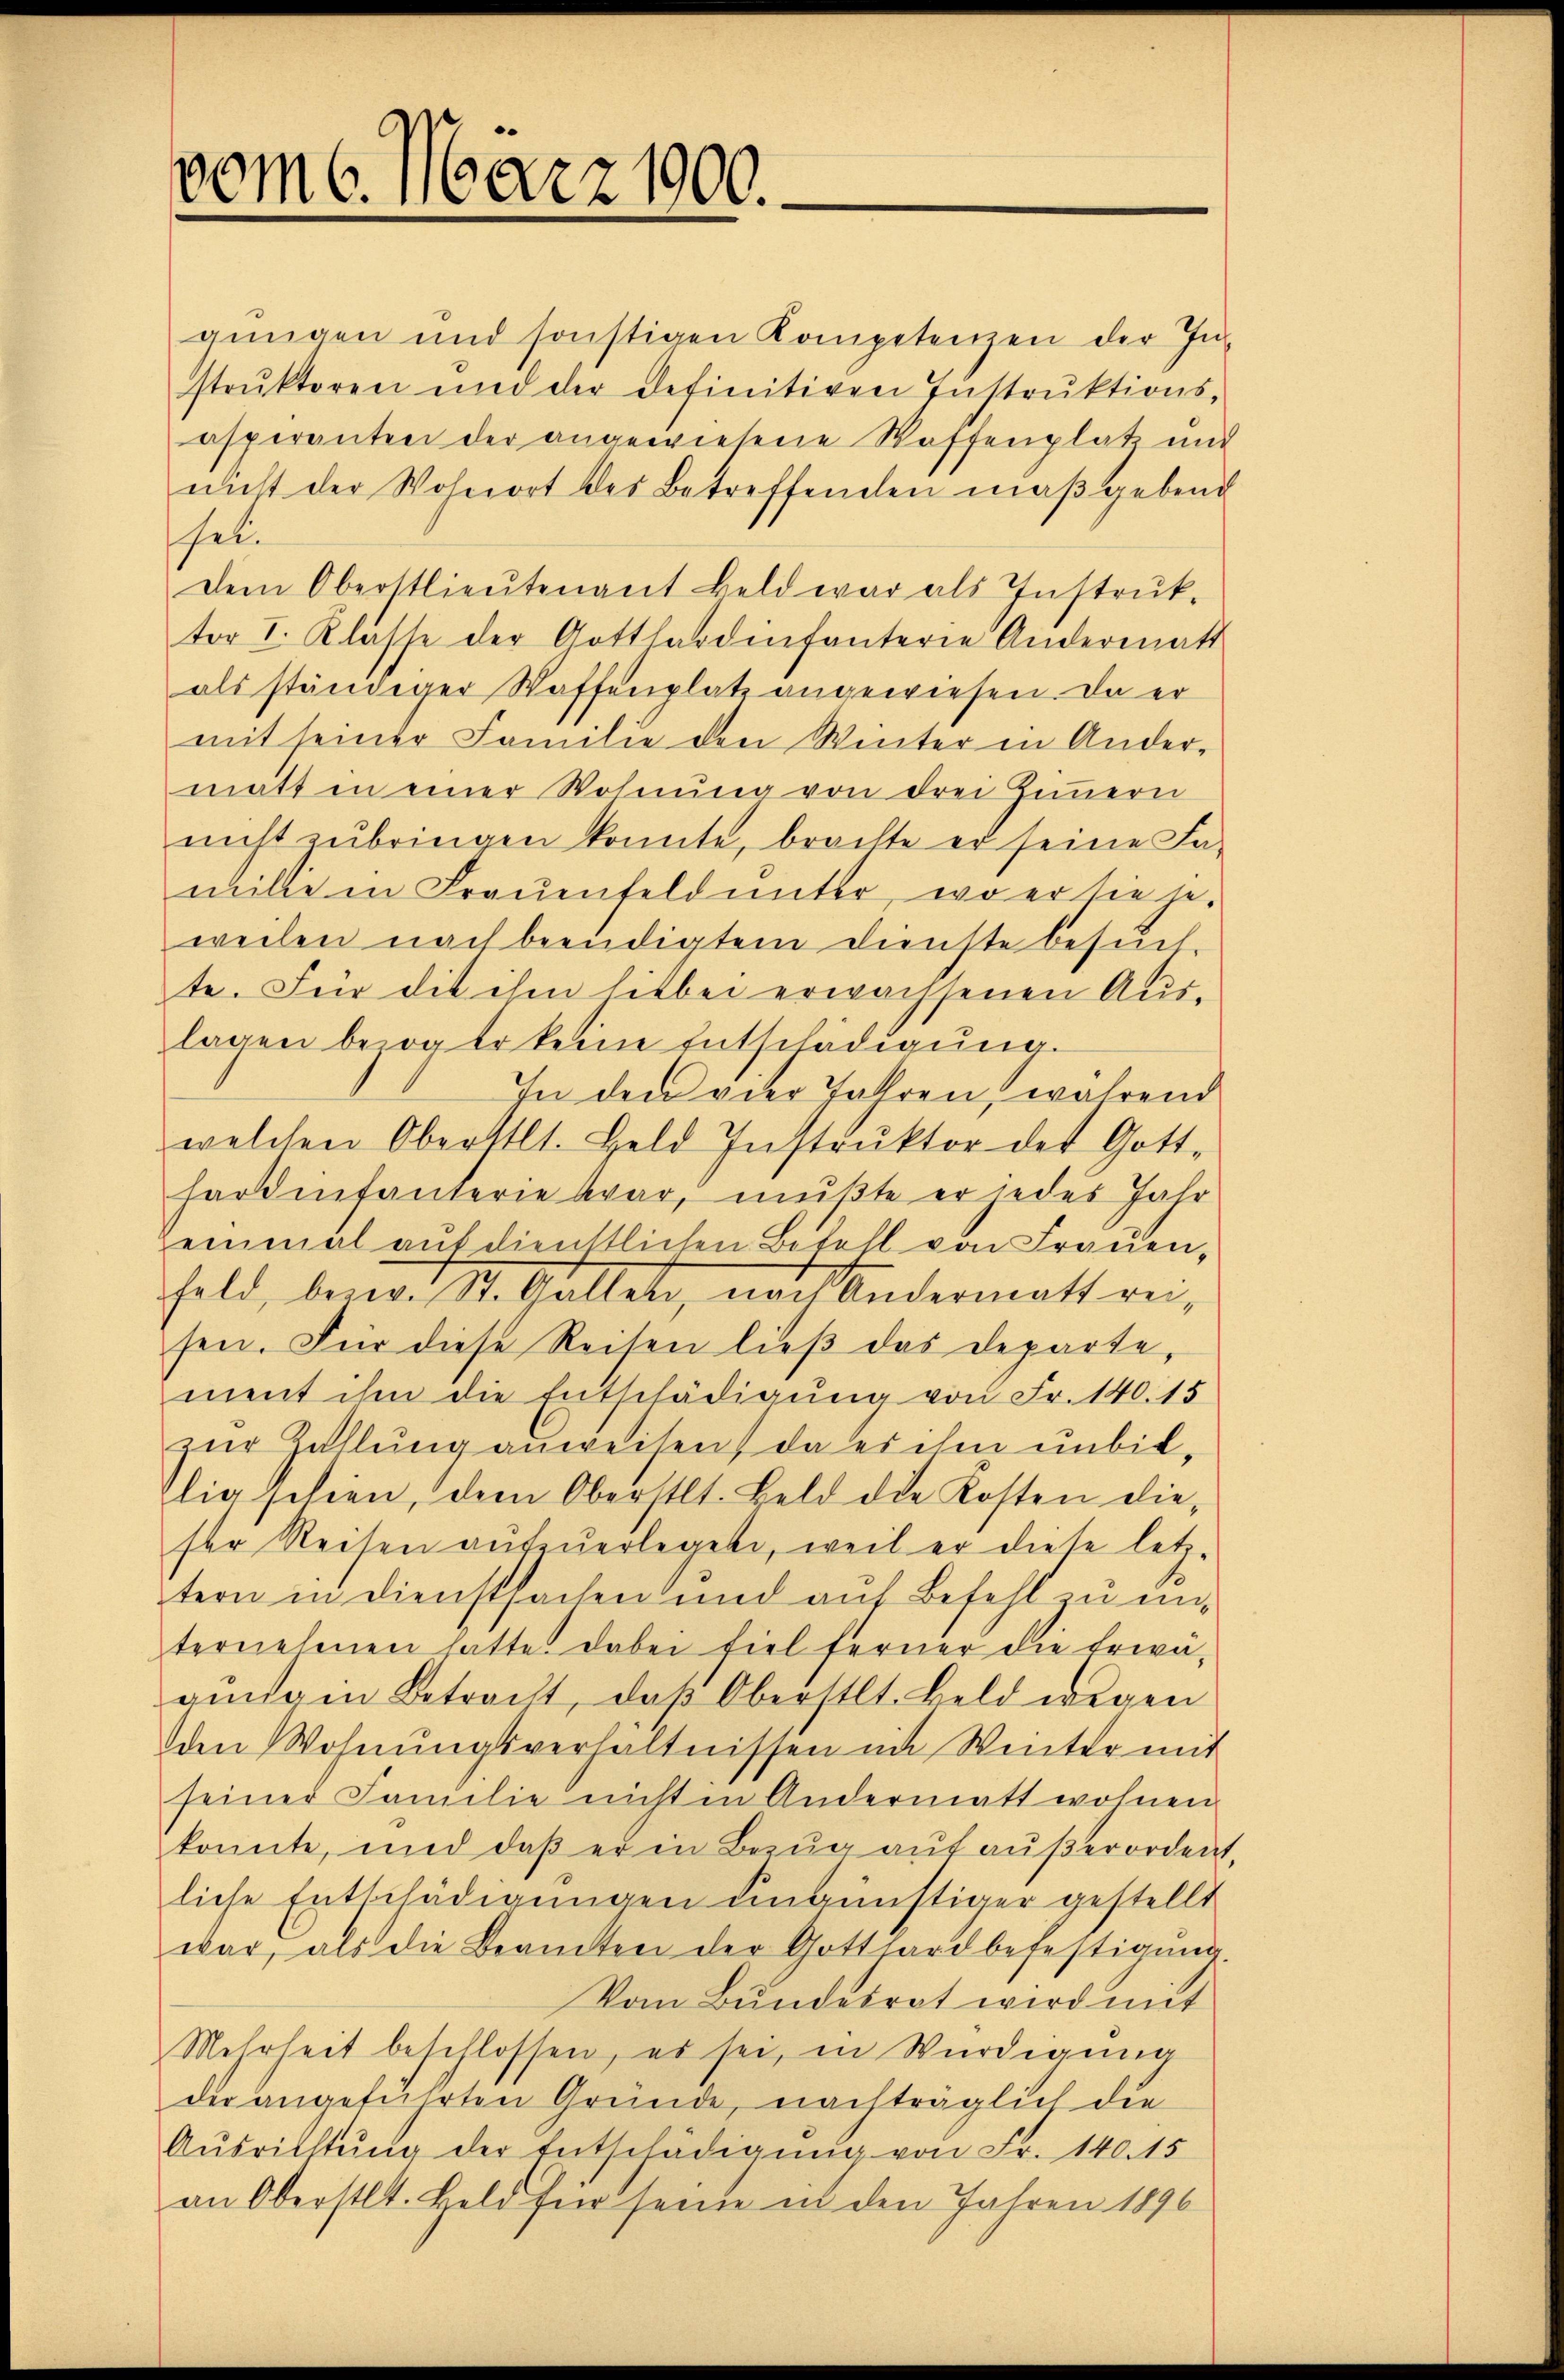
)
vom 6. 16022, 30.

gŭngen und sonstigen Kompetenzen der In-
strŭktoren und der definitiven Instrŭktions-
asperanten der angewiesene Waffenplatz und
nicht der Wohnort des Betreffenden maßgebend
sel.
Dem Oberstlieutenant Feld war als Instrŭk-
ter I. Klasse der Gotthardinfanterie Andermatt
als ständiger Waffenplatz angewiesen. Da er
mit seiner Familie den Winter in Andermatt in einer Wohnung von drei Zimmern
nicht zubringen konnte, brachte er seine Fa-
milie in Frauenfeld unter, wo er sie je-
weilen nach beendigtem Dienste besuch-
te. Für die ihm sitbei erwachsenen Aus-
lagen bezöger keine Entschädigung.
In den vier Jahren, während
welchen Oberstlt. Geld Instrŭktor des Gott-
hartenfanterie war, mußte er jedes Jahr
Zeinmal aŭf dienstlichen Befehl von Frauen-
Feld, bezw. St. Gallen, nach Andermatt reisen. Für diese Reisen ließ das Departe,
ment ihm die Entschädigung von Fr. 140. 15
zur Zahlung anweisen, da er ihm unbillig selien, dem Oberstlt. Geld die Kosten dieser Reisen aufzuerlegete, weil er diese letz-
tern in Dienstsachen und auf Befehl zu unternehmen hatte. Dabei fiel ferner die Erwä-
aisa in Betracht, daβ Oberstlt. Beld wegen
den Wohnŭngsverhältnissen in Winter mit
seiner Familie nicht in Andermatt wohnen.
konnte, und daß er in Bezug auf außerordent,
liche Entschädigungen eingünstiger gestellt
war, als die Beamten der Gotthard befestigŭng.
Vom Bundesrat wird mit
Mehrheit beschlossen, es sei, in Würdigung
die angeführten Gründe, nachträglich die
Ausrichtung der Entschädigung von Fr. 140. 15
an Oberstlt. Feld für seine in den Jahren 1896